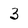
Character: 3